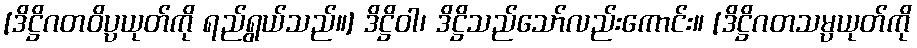
[ဒိဋ္ဌိဂတဝိပ္ပယုတ်ကို ရည်ရွယ်သည်။] ဒိဋ္ဌိဝါ၊ ဒိဋ္ဌိသည်သော်လည်းကောင်း။ [ဒိဋ္ဌိဂတသမ္ပယုတ်ကို